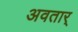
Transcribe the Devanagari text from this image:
अवतार्